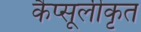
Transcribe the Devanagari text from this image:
कैप्सूलीकृत